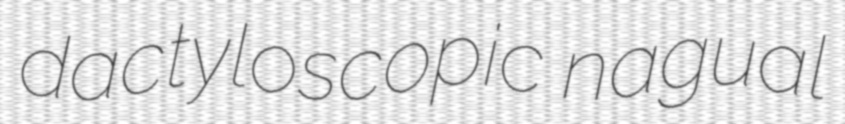
dactyloscopic nagual